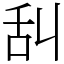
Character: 舏